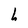
Character: h